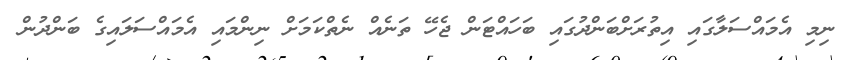
ނިމި އެމައްސަލާގައި އިތުރަށްބަންދުގައި ބަހައްޓަން ޖެހޭ ތަނެއް ނެތްކަމަށް ނިންމައި އެމައްސަލައިގެ ބަންދުން